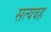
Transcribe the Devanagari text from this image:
सत्यवह